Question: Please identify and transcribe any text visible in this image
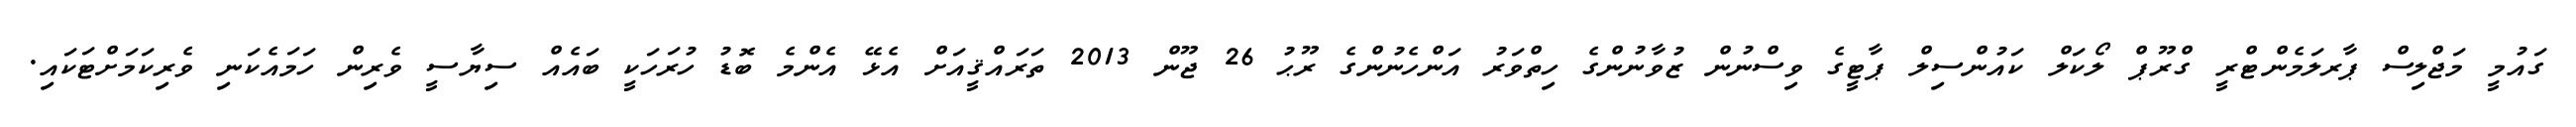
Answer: ގައުމީ މަޖްލިސް ޕާރލަމެންޓްރީ ގްރޫޕް ލޯކަލް ކައުންސިލް ޕާޓީގެ ވިސްނުން ޒުވާނުންގެ ހިތްވަރު އަންހެނުންގެ ރޫޙު 26 ޖޫން 2013 ތަރައްޤީއަށް އެޅޭ އެންމެ ބޮޑު ހުރަހަކީ ބައެއް ސިޔާސީ ވެރިން ހަމައެކަނި ވެރިކަމަށްޓަކައި.